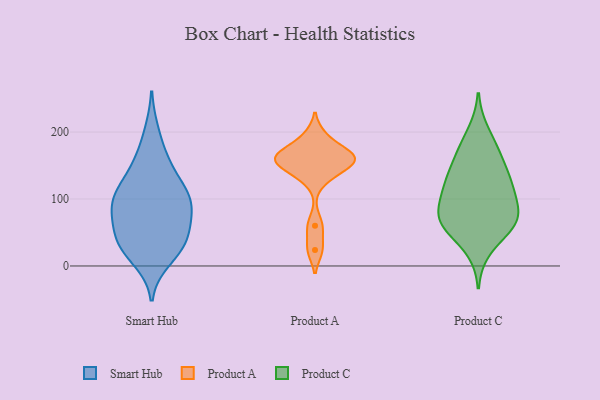
{"axis": {"x": "Budget (USD K)", "y": "Value"}, "legend": ["Product A", "Product C", "Smart Hub"], "data": [{"x": "", "y": 99, "type": "Smart Hub"}, {"x": "", "y": 65, "type": "Smart Hub"}, {"x": "", "y": 111, "type": "Smart Hub"}, {"x": "", "y": 199, "type": "Smart Hub"}, {"x": "", "y": 129, "type": "Smart Hub"}, {"x": "", "y": 95, "type": "Smart Hub"}, {"x": "", "y": 57, "type": "Smart Hub"}, {"x": "", "y": 97, "type": "Smart Hub"}, {"x": "", "y": 30, "type": "Smart Hub"}, {"x": "", "y": 30, "type": "Smart Hub"}, {"x": "", "y": 157, "type": "Smart Hub"}, {"x": "", "y": 99, "type": "Smart Hub"}, {"x": "", "y": 152, "type": "Smart Hub"}, {"x": "", "y": 28, "type": "Smart Hub"}, {"x": "", "y": 91, "type": "Smart Hub"}, {"x": "", "y": 10, "type": "Smart Hub"}, {"x": "", "y": 59, "type": "Smart Hub"}, {"x": "", "y": 33, "type": "Smart Hub"}, {"x": "", "y": 132, "type": "Product A"}, {"x": "", "y": 24, "type": "Product A"}, {"x": "", "y": 145, "type": "Product A"}, {"x": "", "y": 60, "type": "Product A"}, {"x": "", "y": 159, "type": "Product A"}, {"x": "", "y": 159, "type": "Product A"}, {"x": "", "y": 194, "type": "Product A"}, {"x": "", "y": 170, "type": "Product A"}, {"x": "", "y": 159, "type": "Product A"}, {"x": "", "y": 167, "type": "Product A"}, {"x": "", "y": 168, "type": "Product C"}, {"x": "", "y": 54, "type": "Product C"}, {"x": "", "y": 131, "type": "Product C"}, {"x": "", "y": 112, "type": "Product C"}, {"x": "", "y": 120, "type": "Product C"}, {"x": "", "y": 81, "type": "Product C"}, {"x": "", "y": 69, "type": "Product C"}, {"x": "", "y": 124, "type": "Product C"}, {"x": "", "y": 25, "type": "Product C"}, {"x": "", "y": 68, "type": "Product C"}, {"x": "", "y": 200, "type": "Product C"}, {"x": "", "y": 69, "type": "Product C"}, {"x": "", "y": 110, "type": "Product C"}, {"x": "", "y": 74, "type": "Product C"}, {"x": "", "y": 64, "type": "Product C"}, {"x": "", "y": 153, "type": "Product C"}, {"x": "", "y": 173, "type": "Product C"}]}